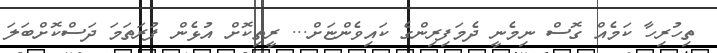
ތިހުރިހާ ކަމެއް ގޮސް ނިމެނީ ދެމަފިރިންގެ ކައިވެންޏަށް... ރީތިކޮށް އުޅެން ފުރަތަމަ ދަސްކޮށްބަލަ